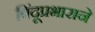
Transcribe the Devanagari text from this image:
बिंदूप्रभाराने